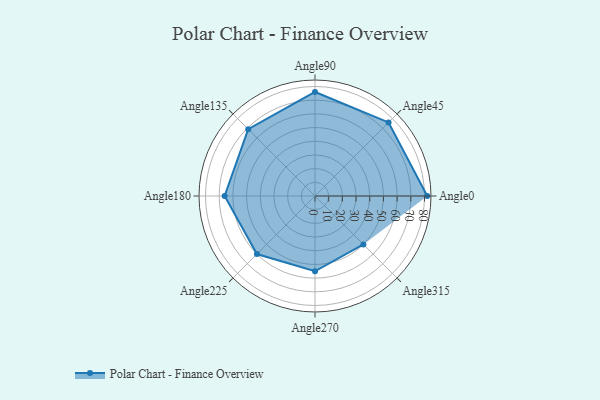
{"axis": {"x": "Angle", "y": "Radius"}, "legend": [""], "data": [{"x": "Angle0", "y": 82.0, "type": ""}, {"x": "Angle45", "y": 76.0, "type": ""}, {"x": "Angle90", "y": 76.0, "type": ""}, {"x": "Angle135", "y": 69.0, "type": ""}, {"x": "Angle180", "y": 66.0, "type": ""}, {"x": "Angle225", "y": 60.0, "type": ""}, {"x": "Angle270", "y": 55.0, "type": ""}, {"x": "Angle315", "y": 50, "type": ""}]}